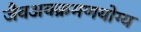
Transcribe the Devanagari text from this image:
जैवअवक्रमणयोग्य